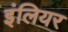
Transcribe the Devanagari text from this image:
इंलियर